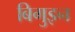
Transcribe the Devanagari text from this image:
बिगुइन